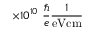
\times 1 0 ^ { 1 0 } ~ \frac { \hbar } { e } \frac { 1 } { \mathrm { e V c m } }